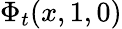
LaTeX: \Phi_{t}(x,1,0)